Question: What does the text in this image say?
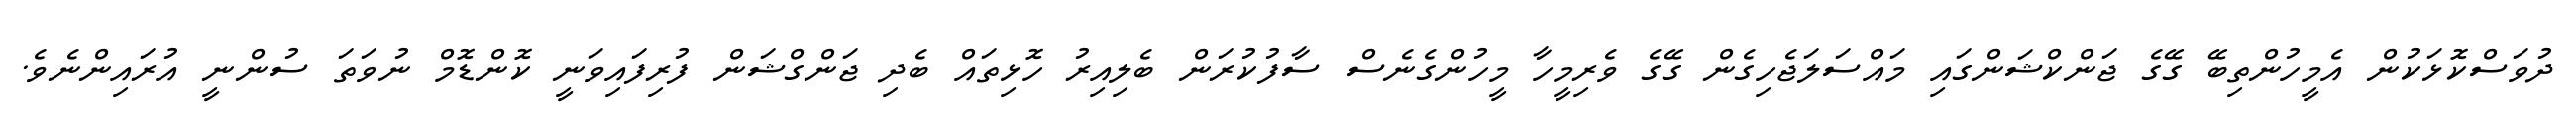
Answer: ދުވަސްކޮޅަކުން އެމީހުންތިބޭ ގޭގެ ޖަންކްޝަންގައި މައްސަލަޖެހިގެން ގޭގެ ވެރިމީހާ މީހުންގެނެސް ސާފުކުރަން ބެލިއިރު ހޮޅިތައް ބެދި ޖަންގްޝަން ފުރިފައިވަނީ ކޮންޑޮމް ނުވަތަ ސުންނީ އުރައިންނެވެ.